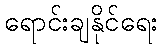
ရောင်းချနိုင်ရေး